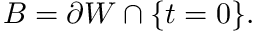
B = \partial W \cap \{ t = 0 \} .